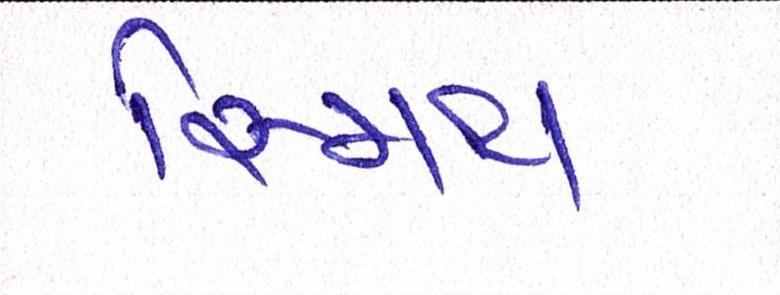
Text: સ્મિથ